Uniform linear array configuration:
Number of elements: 16
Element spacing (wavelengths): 0.75
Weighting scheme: uniform
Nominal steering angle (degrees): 45
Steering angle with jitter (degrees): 44.613
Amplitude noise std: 0.05
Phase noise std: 0.05

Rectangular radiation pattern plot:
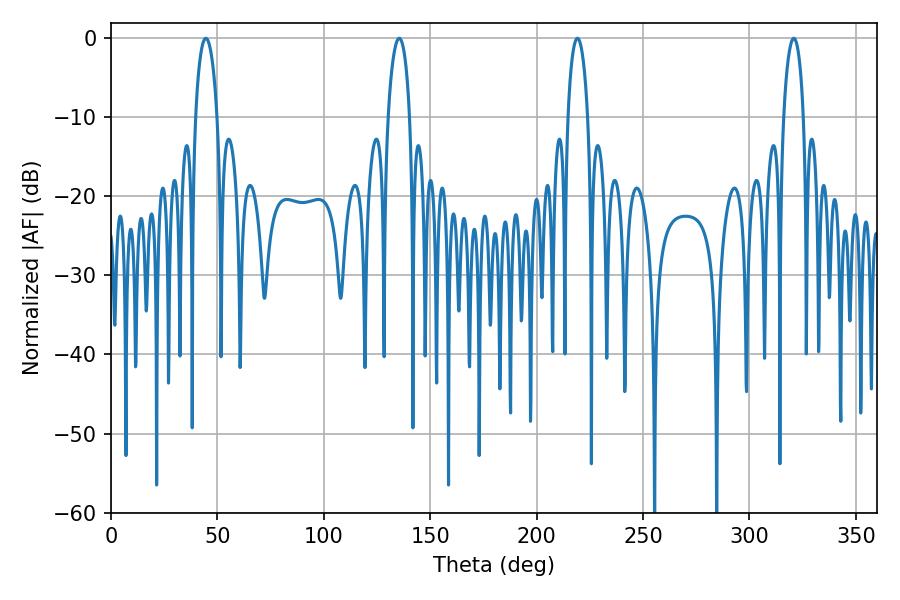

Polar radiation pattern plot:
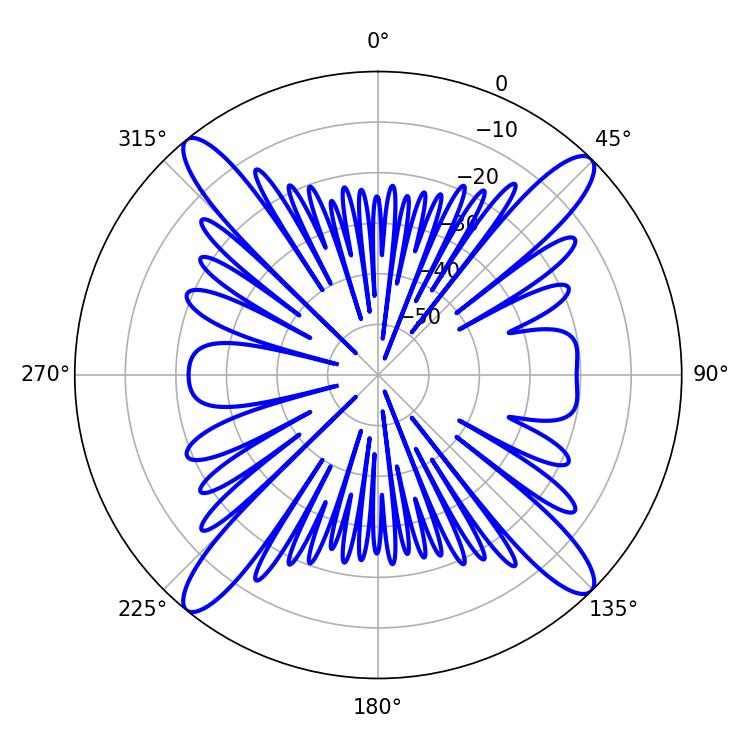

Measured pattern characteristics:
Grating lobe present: TRUE
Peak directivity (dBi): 18.342
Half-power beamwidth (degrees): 5.76
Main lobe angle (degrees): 44.64